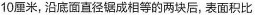
10厘米，沿底面直径锯成相等的两块后，表面积比